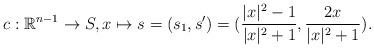
LaTeX: \begin{align*}c: \mathbb R^{n-1} \to S, x\mapsto s=(s_1, s')=(\frac{|x|^2-1}{|x|^2+1}, \frac{2x}{|x|^2+1}).\end{align*}